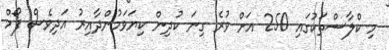
މި ކްލާސްތަކުގައި 250 އަށް ވުރެ ގިނަ ކުދިން ކިޔަވަމުންދާއިރު އަދިވެސް ފޯމް